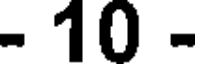
- 10 -